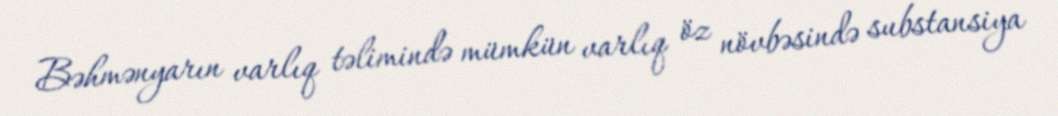
Bəhmənyarın varlıq təlimində mümkün varlıq öz növbəsində substansiya